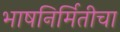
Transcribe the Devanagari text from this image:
भाषनिर्मितीचा